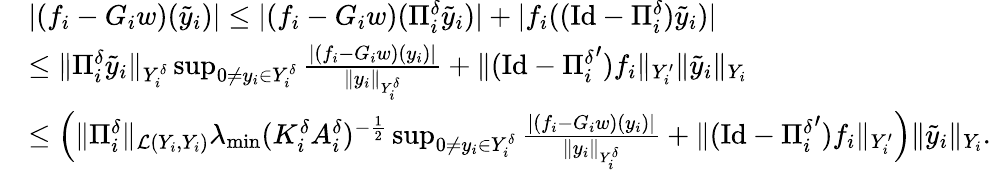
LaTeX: \begin{array}{rl}&{|(f_{i}-G_{i}w)(\tilde{y}_{i})|\leq|(f_{i}-G_{i}w)(\Pi_{i}^{\delta}\tilde{y}_{i})|+|f_{i}((\mathrm{Id}-\Pi_{i}^{\delta})\tilde{y}_{i})|}\\ &{\leq\| \Pi_{i}^{\delta}\tilde{y}_{i}\| _{Y_{i}^{\delta}}\operatorname*{sup}_{0\neq y_{i}\in Y_{i}^{\delta}}\frac{|(f_{i}-G_{i}w)(y_{i})|}{\| y_{i}\| _{Y_{i}^{\delta}}}+\| (\mathrm{Id}-{\Pi_{i}^{\delta}}^{\prime})f_{i}\| _{Y_{i}^{\prime}}\| \tilde{y}_{i}\| _{Y_{i}}}\\ &{\leq\Big(\| \Pi_{i}^{\delta}\| _{\mathcal L(Y_{i},Y_{i})}\lambda_{\operatorname*{min}}(K_{i}^{\delta}A_{i}^{\delta})^{-\frac 12}\operatorname*{sup}_{0\neq y_{i}\in Y_{i}^{\delta}}\frac{|(f_{i}-G_{i}w)(y_{i})|}{\| y_{i}\| _{Y_{i}^{\delta}}}+\| (\mathrm{Id}-{\Pi_{i}^{\delta}}^{\prime})f_{i}\| _{Y_{i}^{\prime}}\Big)\| \tilde{y}_{i}\| _{Y_{i}}.}\end{array}